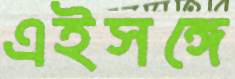
এইসঙ্গে